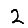
Digit: 2